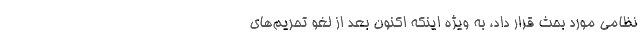
نظامی مورد بحث قرار داد، به ویژه اینکه اکنون بعد از لغو تحریم‌های